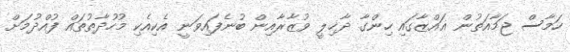
ހަމާސް ޖަމާއަތުން ޣައްޒާގައި ހިންގާ ދާޚިލީ ވުޒާރާއިން ބުނެފައިވަނީ އެކިއެކި މުހުދާތުތައް ފުއްދުމަށް